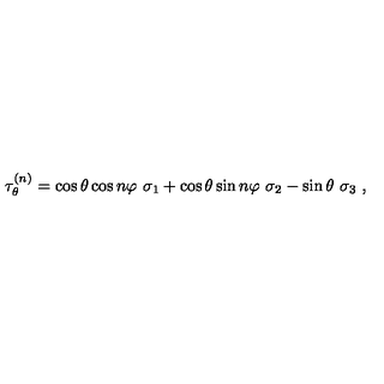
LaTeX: \tau _ { \theta } ^ { ( n ) } = \cos \theta \cos n \varphi \ \sigma _ { 1 } + \cos \theta \sin n \varphi \ \sigma _ { 2 } - \sin \theta \ \sigma _ { 3 } \ ,